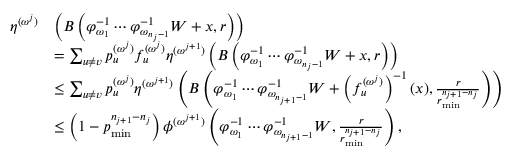
\begin{array} { r l } { \eta ^ { ( \omega ^ { j } ) } } & { \left( B \left( \varphi _ { \omega _ { 1 } } ^ { - 1 } \cdots \varphi _ { \omega _ { n _ { j } - 1 } } ^ { - 1 } W + x , r \right) \right) } \\ & { = \sum _ { u \neq v } p _ { u } ^ { ( \omega ^ { j } ) } f _ { u } ^ { ( \omega ^ { j } ) } \eta ^ { ( \omega ^ { j + 1 } ) } \left( B \left( \varphi _ { \omega _ { 1 } } ^ { - 1 } \cdots \varphi _ { \omega _ { n _ { j } - 1 } } ^ { - 1 } W + x , r \right) \right) } \\ & { \leq \sum _ { u \neq v } p _ { u } ^ { ( \omega ^ { j } ) } \eta ^ { ( \omega ^ { j + 1 } ) } \left( B \left( \varphi _ { \omega _ { 1 } } ^ { - 1 } \cdots \varphi _ { \omega _ { n _ { j + 1 } - 1 } } ^ { - 1 } W + \left( f _ { u } ^ { ( \omega ^ { j } ) } \right) ^ { - 1 } ( x ) , \frac { r } { r _ { \operatorname* { m i n } } ^ { n _ { j + 1 } - n _ { j } } } \right) \right) } \\ & { \leq \left( 1 - p _ { \operatorname* { m i n } } ^ { n _ { j + 1 } - n _ { j } } \right) \phi ^ { ( \omega ^ { j + 1 } ) } \left( \varphi _ { \omega _ { 1 } } ^ { - 1 } \cdots \varphi _ { \omega _ { n _ { j + 1 } - 1 } } ^ { - 1 } W , \frac { r } { r _ { \operatorname* { m i n } } ^ { n _ { j + 1 } - n _ { j } } } \right) , } \end{array}